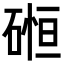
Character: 𥔂